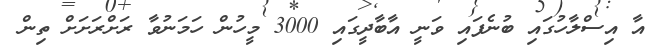
އާ އިސްލާހުގައި ބުނެފައި ވަނީ އާބާދީގައި 3000 މީހުން ހަމަނުވާ ރަށްރަށަށް ތިން